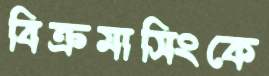
বিক্রমাসিংকে